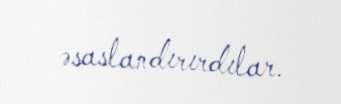
əsaslandırırdılar.